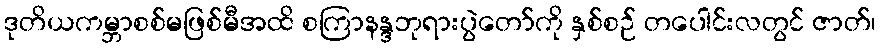
ဒုတိယကမ္ဘာစစ်မဖြစ်မီအထိ စကြာနန္ဒဘုရားပွဲတော်ကို နှစ်စဉ် တပေါင်းလတွင် ဇာတ်၊